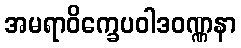
အမရာဝိက္ခေပဝါဒဝဏ္ဏနာ